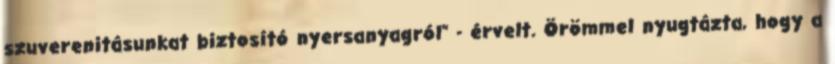
szuverenitásunkat biztosító nyersanyagról" - érvelt. Örömmel nyugtázta, hogy a